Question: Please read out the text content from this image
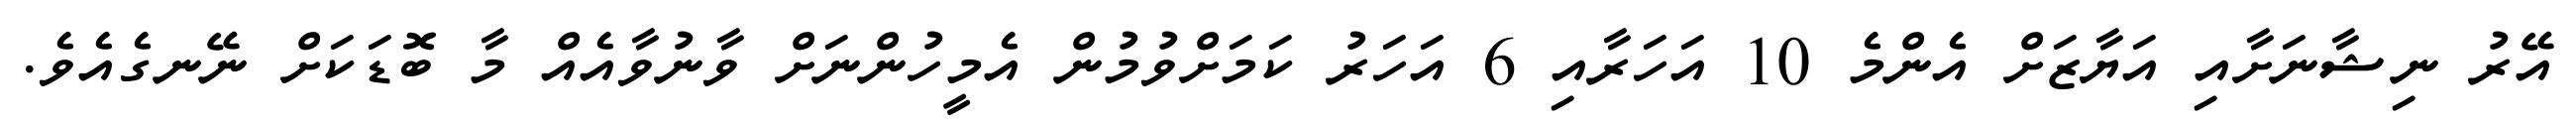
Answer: އޭރު ނިޝާނަށާއި އަޔާޒަށް އެންމެ 10 އަހަރާއި 6 އަހަރު ކަމަށްވުމުން އެމީހުންނަށް ވާނުވާއެއް މާ ބޮޑަކަށް ނޭނގެއެވެ.